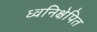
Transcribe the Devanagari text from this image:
ध्वनिक्षेपित